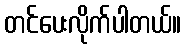
တင်ပေးလိုက်ပါတယ်။